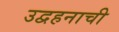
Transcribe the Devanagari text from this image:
उद्वहनाची